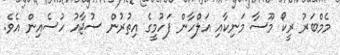
މެމްބަރު ރީކޯ މޫސާ މަނިކާއި އަލްހާން ފަހުމީގެ އިތުރުން ސުޖާއު ހުސެއިން އެވެ.